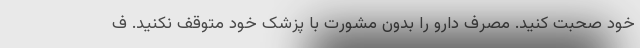
خود صحبت کنید. مصرف دارو را بدون مشورت با پزشک خود متوقف نکنید. ف